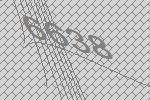
6638